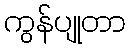
ကွန်ပျုတာ